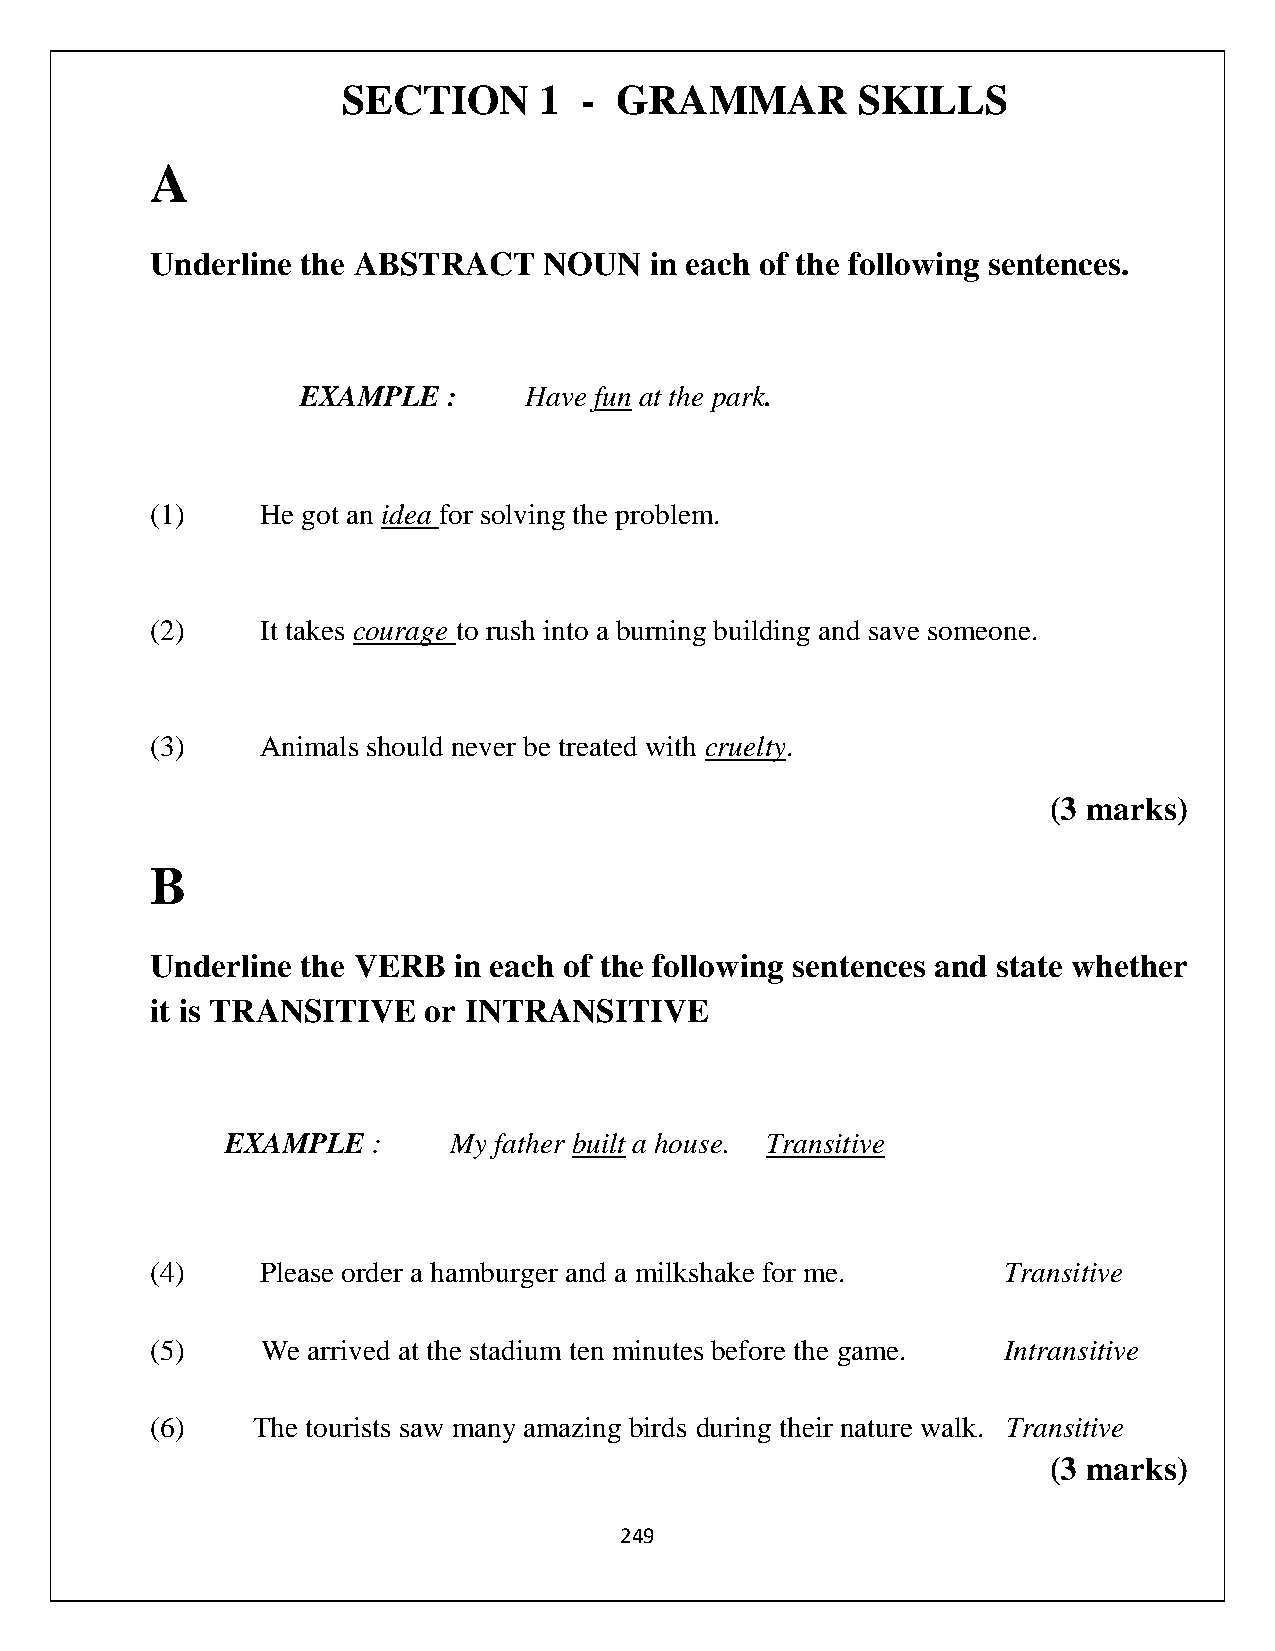
SECTION      1 -  GRAMMAR         SKILLS
 A
 Underline the ABSTRACT    NOUN   in each of the following sentences.
 EXAMPLE   :    Have fun at the park.
 (1)    He got an idea for solving the problem.
 (2)    It takes courage to rush into a burning building and save someone.
 (3)    Animals should never be treated with cruelty.
 (3 marks)
 B
 Underline the VERB  in each of the following sentences and state whether
 it is TRANSITIVE  or INTRANSITIVE
 EXAMPLE   :    My father built a house. Transitive
 (4)    Please order a hamburger and a milkshake for me. Transitive
 (5)    We arrived at the stadium ten minutes before the game. Intransitive
 (6)    The tourists saw many amazing birds during their nature walk. Transitive
 (3 marks)
 249